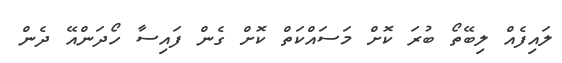
ލައިފެއް ލިބޭތޯ ބުރަ ކޮށް މަސައްކަތް ކޮށް ގެން ފައިސާ ހޯދަންއޭ ދެން